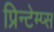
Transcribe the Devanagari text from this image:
प्रिन्टेम्प्स